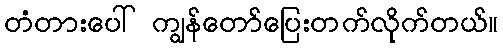
တံတားပေါ် ကျွန်တော်ပြေးတက်လိုက်တယ်။